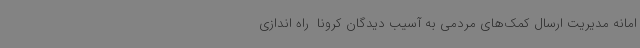
امانه‌ مدیریت ارسال کمک‌های مردمی به آسیب دیدگان کرونا  راه اندازی